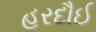
હરદૌઈ